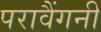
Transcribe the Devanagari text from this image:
परावैंगनी